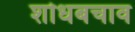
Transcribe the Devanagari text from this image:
शोधबचाव